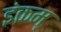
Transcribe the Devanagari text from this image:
इंकम्